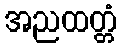
အညထတ္တံ